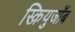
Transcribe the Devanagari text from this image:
स्क्रियुजॉब